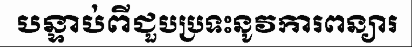
បន្ទាប់ពីជួបប្រទះនូវការពន្យារ